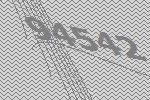
94542